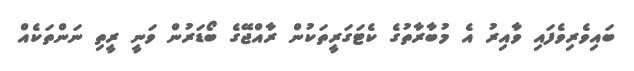
ބައިވެރިވެފައި ވާއިރު އެ މުބާރާތުގެ ކެޓަގަރީތަކުން ރާއްޖޭގެ ބޯޑަރުން ވަނީ ރީތި ނަންތަކެއް